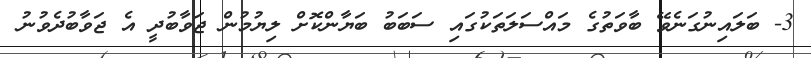
3- ބަލައިނުގަނެވޭ ބާވަތުގެ މައްސަލަތަކުގައި ސަބަބު ބަޔާންކޮށް ލިޔުމުން ޖަވާބުދީ އެ ޖަވާބުދެވުނު